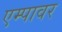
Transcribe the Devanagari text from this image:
एम्पावर